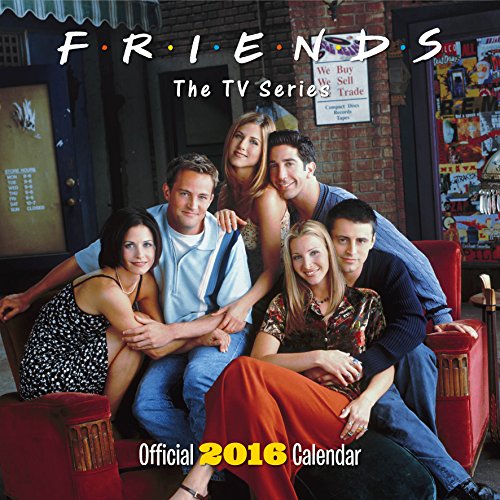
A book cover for The Official Friends TV 2016 Square Calendar; Calendars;